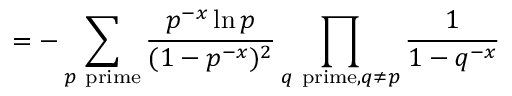
\, = - \sum _ { p { \mathrm { ~ p r i m e } } } { \frac { p ^ { - x } \ln p } { ( 1 - p ^ { - x } ) ^ { 2 } } } \prod _ { q { \mathrm { ~ p r i m e } } , q \neq p } { \frac { 1 } { 1 - q ^ { - x } } }